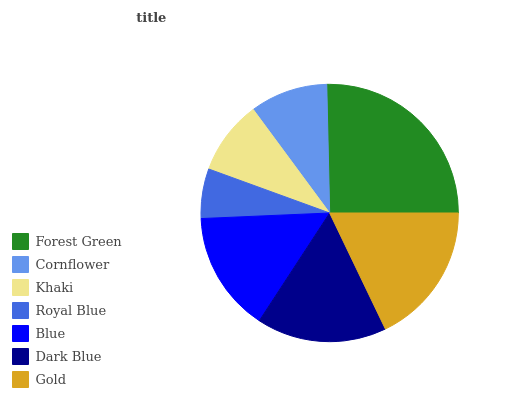
| Forest Green | Cornflower | Khaki | Royal Blue | Blue | Dark Blue | Gold |
 | --- | --- | --- | --- | --- | --- | --- |
 | 25.3% | 9.76% | 9.33% | 6.24% | 15.1% | 16.4% | 17.8% |